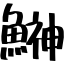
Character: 鰰